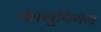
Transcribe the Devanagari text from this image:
काशुबियन